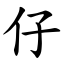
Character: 仔